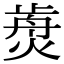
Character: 𤌺